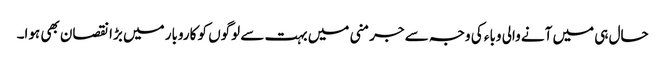
حال ہی میں آنے والی وباء کی وجہ سے جرمنی میں بہت سے لوگوں کو کاروبار میں بڑا نقصان بھی ہوا۔